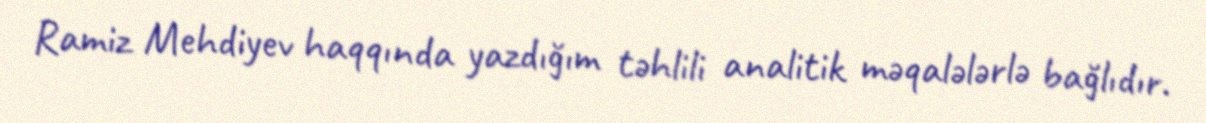
Ramiz Mehdiyev haqqında yazdığım təhlili analitik məqalələrlə bağlıdır.